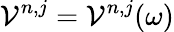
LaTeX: \mathcal{V}^{n,j}=\mathcal{V}^{n,j}(\omega)